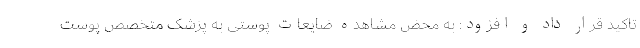
تاکید قرار داد و افزود: به محض مشاهده ضایعات پوستی به پزشک متخصص پوست